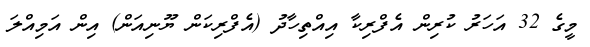
މީގެ 32 އަހަރު ކުރިން އެފްރިކާ އިއްތިހާދު (އެފްރިކަން ޔޫނިއަން) އިން އަމިއްލަ